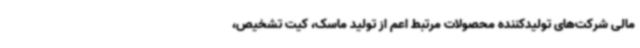
مالی شرکت‌های تولیدکننده محصولات مرتبط اعم از تولید ماسک، کیت تشخیص،